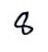
8